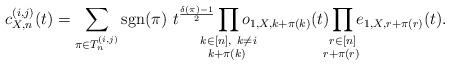
LaTeX: \begin{align*}c_{X,n}^{(i,j)}(t) = \sum_{\pi \in T_n^{(i,j)}} \mathrm{sgn}(\pi) ~ t^{\frac{\delta(\pi)-1}{2}} \prod_{\mathclap{\substack{k\in [n], ~ k\neq i \\ k+\pi(k) \; }}} o_{1,X,k+\pi(k)}(t) \prod_{\mathclap{\substack{r \in [n] \\ r+\pi(r) \; }}} e_{1,X,r+\pi(r)}(t).\end{align*}